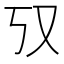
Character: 𫨲